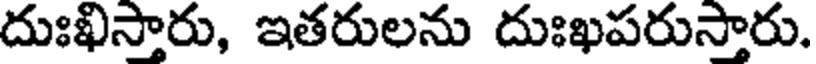
దుఃఖిస్తారు, ఇతరులను దుఃఖపరుస్తారు.